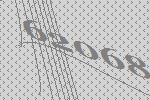
62068